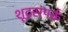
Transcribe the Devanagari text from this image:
शूद्रसंपर्क